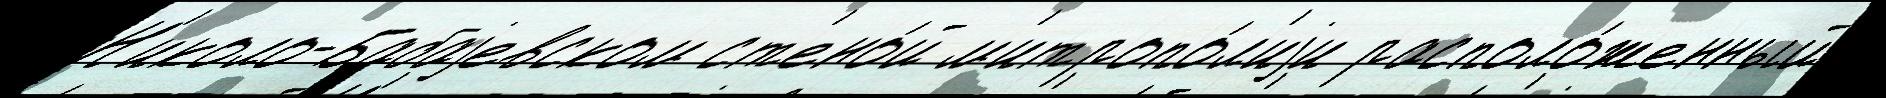
Н'иколо-Бабаjевском ст'ено́й м'итропо́л'иjи располо́женный